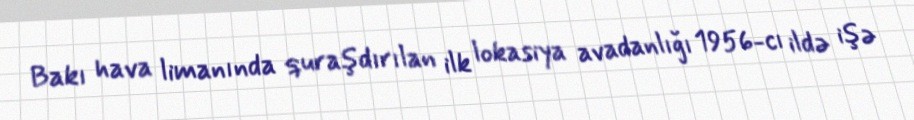
Bakı hava limanında quraşdırılan ilk lokasiya avadanlığı 1956-cı ildə işə